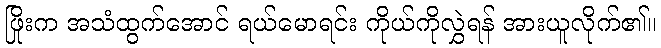
ဖြိုးက အသံထွက်အောင် ရယ်မောရင်း ကိုယ်ကိုလွှဲရန် အားယူလိုက်၏။